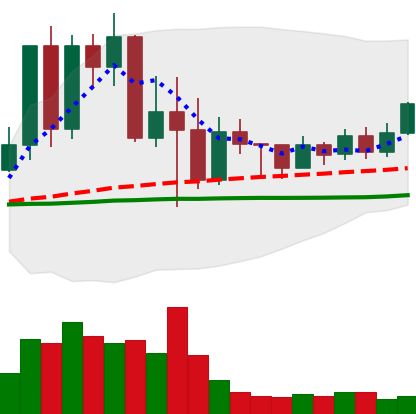
Ticker: TRX-USD
Chart end date: 2022-05-22
Forward return: 3.188%
Label: up_3_5